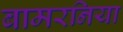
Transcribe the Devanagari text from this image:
बामरनिया